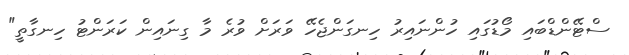
ސްޓޭންޑްބައި މޯޑުގައި ހުންނައިރު ހިނގަންޖެހޭ ވަރަށް ވުރެ މާ ގިނައިން ކަރަންޓު ހިނގާތީ"